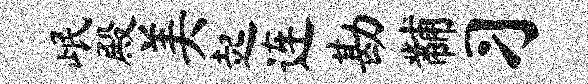
岷殿美起连勘黼习